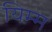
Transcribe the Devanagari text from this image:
यिम्म